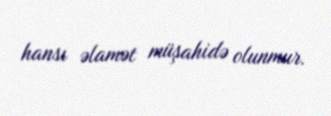
hansı əlamət müşahidə olunmur.